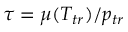
\tau = { \mu ( T _ { t r } ) / { { p _ { t r } } } }